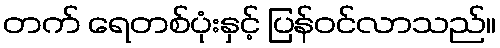
တက် ရေတစ်ပုံးနှင့် ပြန်ဝင်လာသည်။